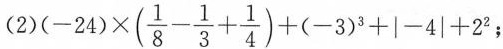
$$(2)(-24)\times(\frac{1}{8}- \frac{1}{3}+ \frac{1}{4})+(-3)^{3}+|-4|+2$$ ；